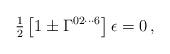
LaTeX: \begin{align*}{\textstyle\frac{1}{2}}\left[1\pm \Gamma^{02\cdots 6}\right] \epsilon =0\, ,\end{align*}